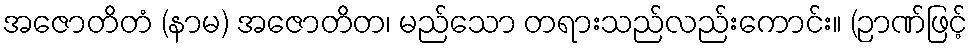
အဇောတိတံ (နာမ) အဇောတိတ၊ မည်သော တရားသည်လည်းကောင်း။ (ဉာဏ်ဖြင့်